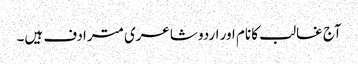
آج غالب کا نام اور اردو شاعری مترادف ہیں۔